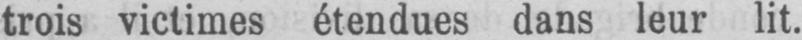
trois victimes étendues dans leur lit.